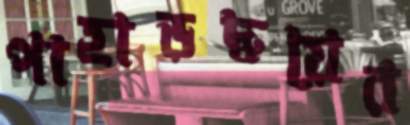
পাহাড়দ্বয়ের